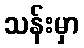
သန်းမှာ